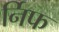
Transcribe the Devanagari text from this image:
र्निफ